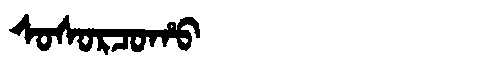
Manchu: ᠰᠣᠰᠣᡵᠴᠣᡥᠣ
Romanization: SOSORCOHO